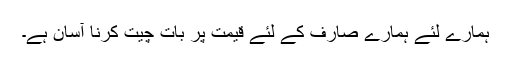
ہمارے لئے ہمارے صارف کے لئے قیمت پر بات چیت کرنا آسان ہے۔